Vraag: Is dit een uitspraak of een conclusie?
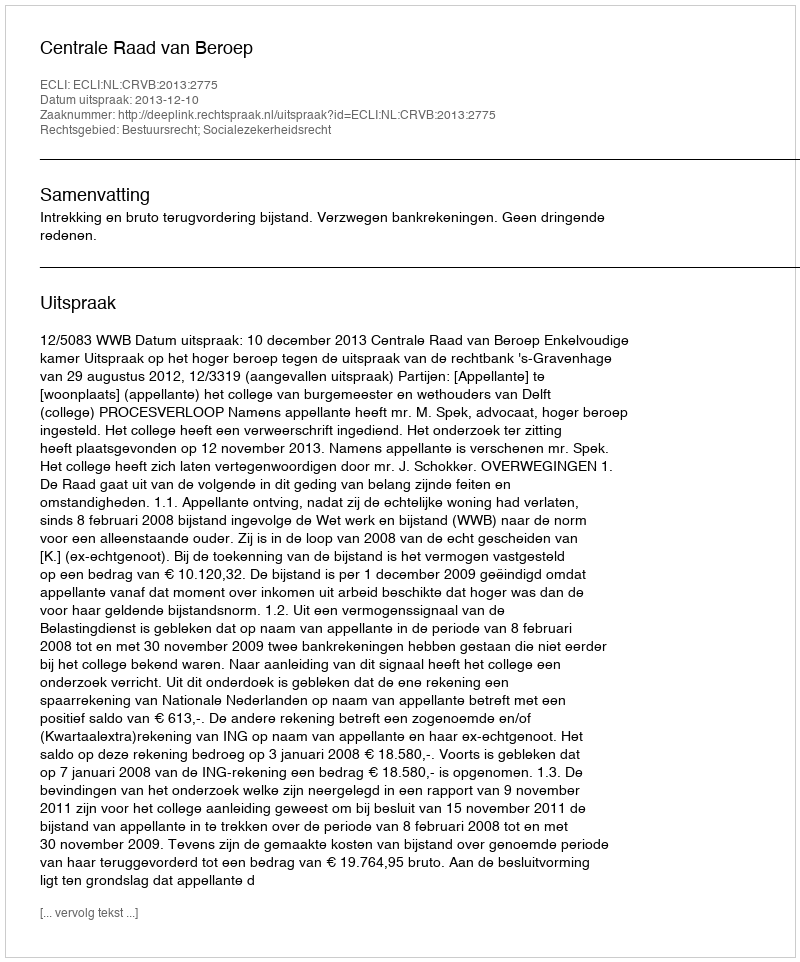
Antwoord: Uitspraak